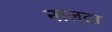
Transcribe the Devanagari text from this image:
नालदा